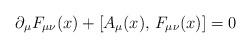
LaTeX: \begin{align*}\partial_\mu F_{\mu\nu}(x)+[A_\mu(x),\,F_{\mu\nu}(x)]=0\end{align*}